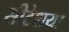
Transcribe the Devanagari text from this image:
सीटेशया